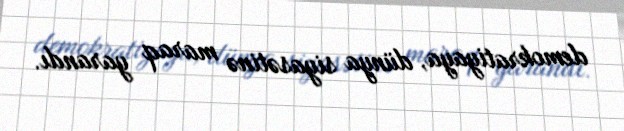
demokratiyaya, dünya siyasətinə maraq yarandı.